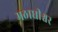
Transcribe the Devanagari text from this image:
मठाधीश्वर